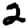
Digit: 2